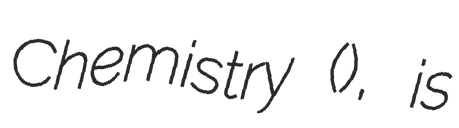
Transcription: Chemistry (), is